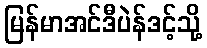
မြန်မာအင်ဒီပဲန်ဒင့်သို့